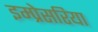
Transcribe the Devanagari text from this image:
इम्प्रेसरिया